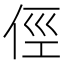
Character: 俓